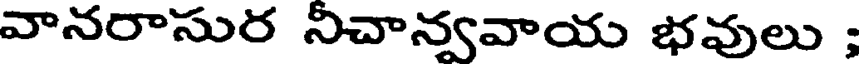
వానరాసుర నిచాన్వవాయ భవులు ;